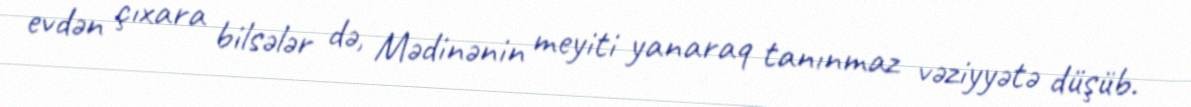
evdən çıxara bilsələr də, Mədinənin meyiti yanaraq tanınmaz vəziyyətə düşüb.